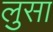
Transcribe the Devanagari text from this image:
लुसा